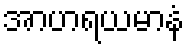
အာဟရယမာနံ